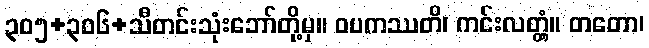
၃၀၅+၃၀၆+သီတင်းသုံးဘော်တို့မှ။ ဝပကဿတိ၊ ကင်းလတ္တံ့။ တတော၊